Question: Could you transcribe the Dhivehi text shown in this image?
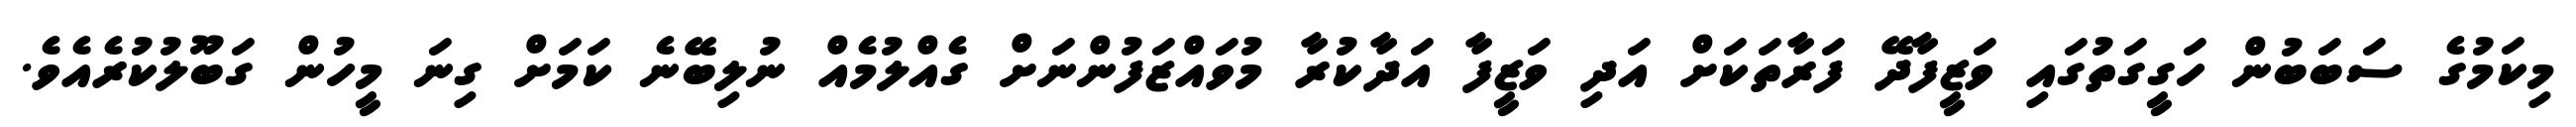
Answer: މިކަމުގެ ސަބަބުން ހަގީގަތުގައި ވަޒީފާދޭ ފަރާތަކަށް އަދި ވަޒީފާ އަދާކުރާ މުވައްޒަފުންނަށް ގެއްލުމެއް ނުލިބޭނެ ކަމަށް ގިނަ މީހުން ގަބޫލުކުރެއެވެ.